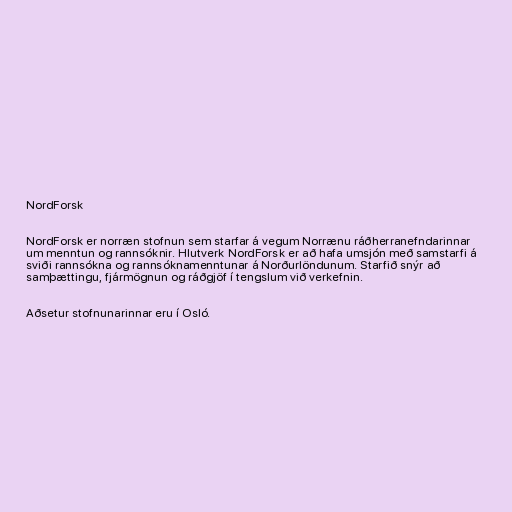
NordForsk

NordForsk er norræn stofnun sem starfar á vegum Norrænu ráðherranefndarinnar
um menntun og rannsóknir. Hlutverk NordForsk er að hafa umsjón með samstarfi á
sviði rannsókna og rannsóknamenntunar á Norðurlöndunum. Starfið snýr að
samþættingu, fjármögnun og ráðgjöf í tengslum við verkefnin.

Aðsetur stofnunarinnar eru í Osló.